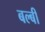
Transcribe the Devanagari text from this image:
बल्बी